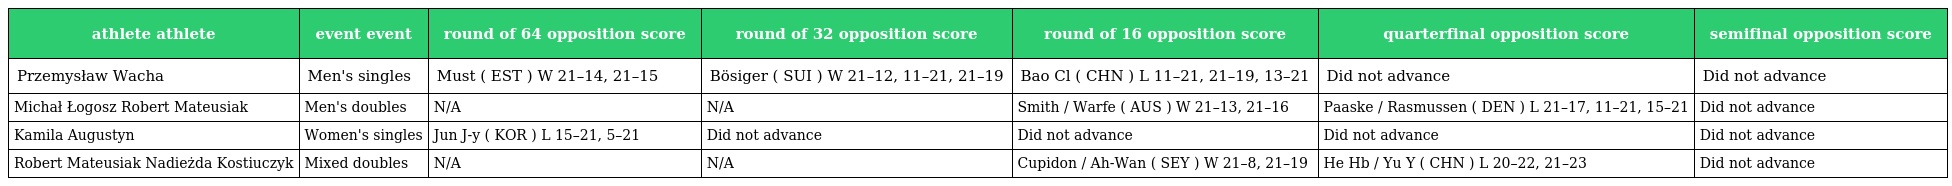
| athlete athlete | event event | round of 64 opposition score | round of 32 opposition score | round of 16 opposition score | quarterfinal opposition score | semifinal opposition score |
 | --- | --- | --- | --- | --- | --- | --- |
 | Przemysław Wacha | Men's singles | Must ( EST ) W 21–14, 21–15 | Bösiger ( SUI ) W 21–12, 11–21, 21–19 | Bao Cl ( CHN ) L 11–21, 21–19, 13–21 | Did not advance | Did not advance |
 | Michał Łogosz Robert Mateusiak | Men's doubles | N/A | N/A | Smith / Warfe ( AUS ) W 21–13, 21–16 | Paaske / Rasmussen ( DEN ) L 21–17, 11–21, 15–21 | Did not advance |
 | Kamila Augustyn | Women's singles | Jun J-y ( KOR ) L 15–21, 5–21 | Did not advance | Did not advance | Did not advance | Did not advance |
 | Robert Mateusiak Nadieżda Kostiuczyk | Mixed doubles | N/A | N/A | Cupidon / Ah-Wan ( SEY ) W 21–8, 21–19 | He Hb / Yu Y ( CHN ) L 20–22, 21–23 | Did not advance |